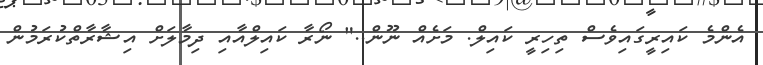
އެންމެ ކައިރީގައިވެސް ތިހިރީ ކައިލް. މަށެއް ނޫން.." ނޯރާ ކައިލްއާއި ދިމާލަށް އިޝާރާތްކުރަމުން